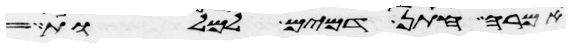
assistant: אמרה חתן דמים למלות